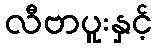
လီဗာပူးနှင့်